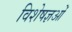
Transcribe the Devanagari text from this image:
विशेषज्ञओं